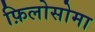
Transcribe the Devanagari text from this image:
फ़िलोसोमा